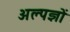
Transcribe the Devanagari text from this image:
अल्पज्ञों